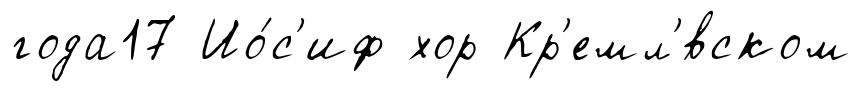
года17 Ио́с'иф хор Кр'емл'́вском